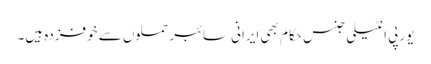
یورپی انٹیلی جنس حکام بھی ایرانی سائبر حملوں سے خوفزدہ ہیں۔